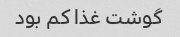
گوشت غذا کم بود